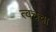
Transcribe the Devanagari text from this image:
त्‍वचेचा